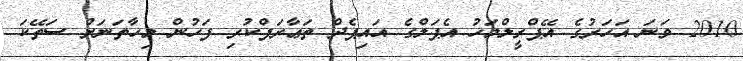
2010 ވަނަ އަހަރުގެ އޭޕްރީލްމަހު އެޕަލްގެ އައިޕެދް ތަޢާރަފްކުރި ފަހުން މިހާތަނަށް ސަތޭކަ